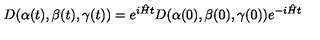
D ( \alpha ( t ) , \beta ( t ) , \gamma ( t ) ) = e ^ { i \hat { H } t } D ( \alpha ( 0 ) , \beta ( 0 ) , \gamma ( 0 ) ) e ^ { - i \hat { H } t }